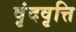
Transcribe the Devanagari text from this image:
वृंदवृत्ति